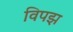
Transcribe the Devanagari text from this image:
विपझ